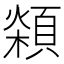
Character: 𩓮